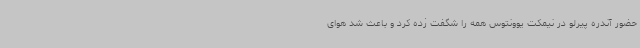
حضور آندره پیرلو در نیمکت یوونتوس همه را شگفت زده کرد و باعث شد هوای